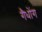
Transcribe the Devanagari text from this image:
गैधोंग